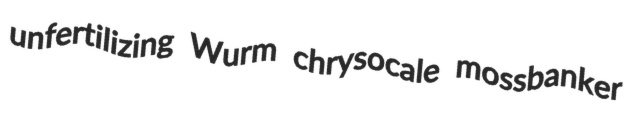
unfertilizing Wurm chrysocale mossbanker